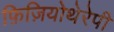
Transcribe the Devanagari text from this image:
फ़िज़ियोथेरेपी